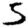
Digit: 5